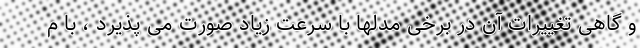
و گاهی تغییرات آن در برخی مدلها با سرعت زیاد صورت می پذیرد ، با م